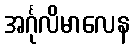
အင်္ဂုလိမာလေန